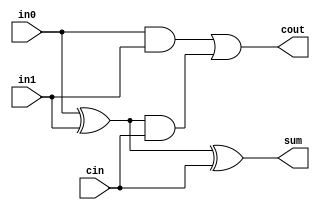
`timescale 1ns/1ns

module full_adder(input  wire in0, in1, cin,
                  output wire sum, cout);

    parameter delay = 0.05;

    wire temp0, temp1, temp2;
    xor #(delay) fa_gate0 (temp0, in0, in1);
    xor #(delay) fa_gate1 (sum, temp0, cin);
    and #(delay) fa_gate2 (temp1, in0, in1);
    and #(delay) fa_gate3 (temp2, temp0, cin);
    or  #(delay) fa_gate4 (cout , temp1, temp2);

endmodule